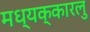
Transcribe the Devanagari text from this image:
मध्यक्कारलु